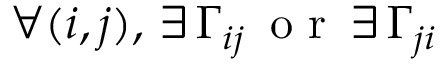
\forall ( i , j ) , \, \exists \, \Gamma _ { i j } \, \mathrm { ~ o ~ r ~ } \, \exists \, \Gamma _ { j i }